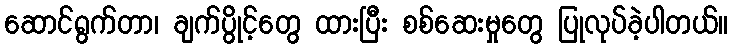
ဆောင်ရွက်တာ၊ ချက်ပွိုင့်တွေ ထားပြီး စစ်ဆေးမှုတွေ ပြုလုပ်ခဲ့ပါတယ်။